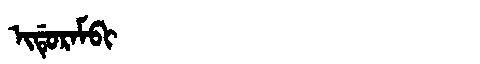
Manchu: ᡳᡩᡠᡵᠠᠮᠪᡳ
Romanization: IDURAMBI